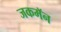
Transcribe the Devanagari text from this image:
जकमॅन